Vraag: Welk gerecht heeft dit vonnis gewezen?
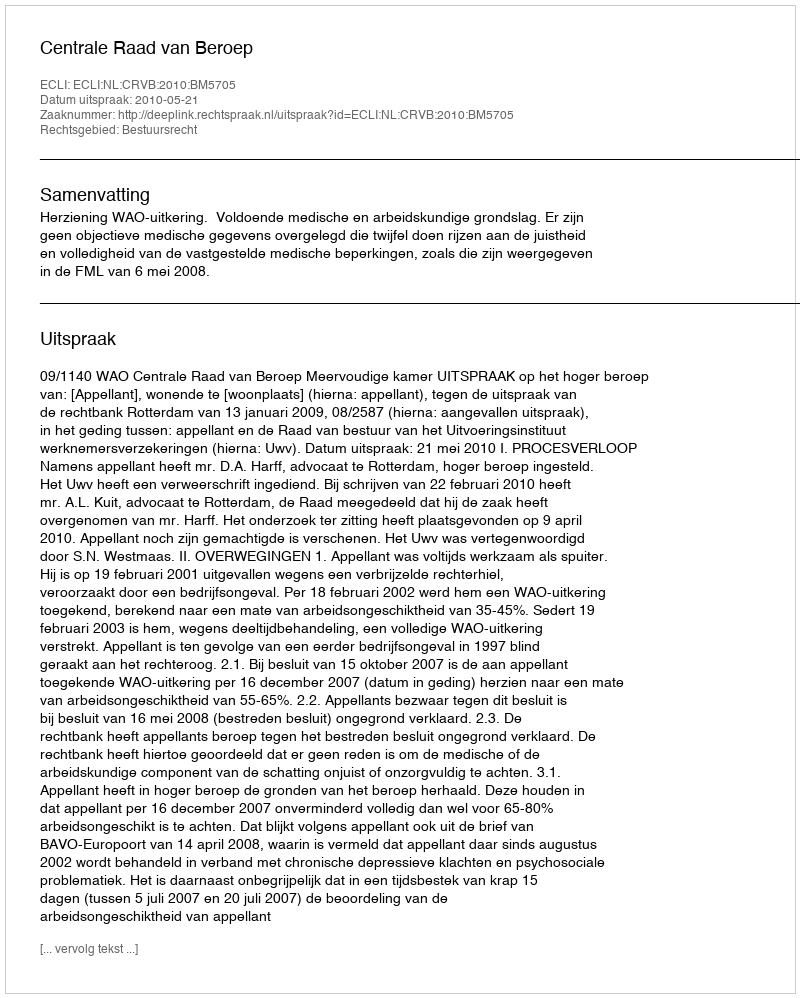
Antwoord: Centrale Raad van Beroep